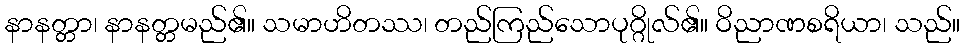
နာနတ္တာ၊ နာနတ္တမည်၏။ သမာဟိတဿ၊ တည်ကြည်သောပုဂ္ဂိုလ်၏။ ဝိညာဏစရိယာ၊ သည်။